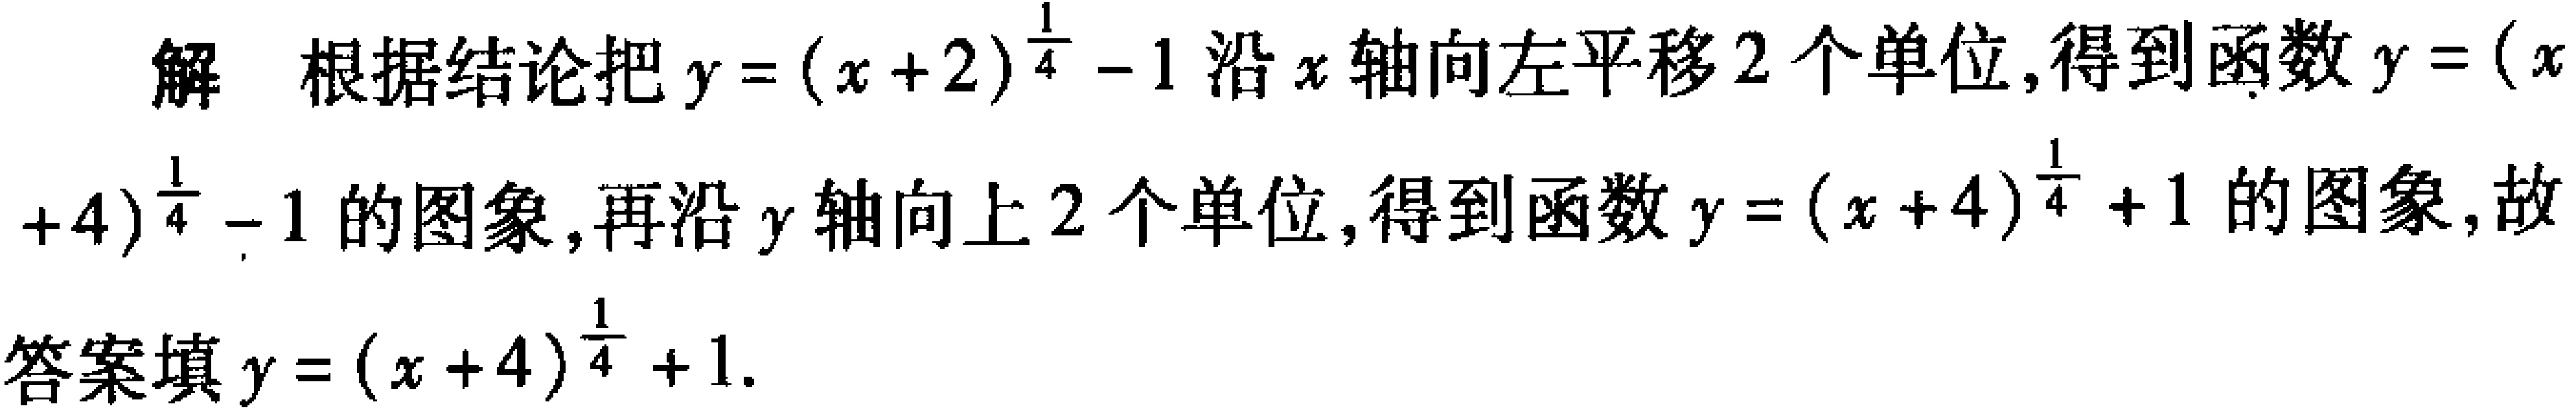
解 根据结论把\(y=(x + 2)^{\frac{1}{4}}-1\)沿\(x\)轴向左平移\(2\)个单位，得到函数\(y=(x + 4)^{\frac{1}{4}}-1\)的图象，再沿\(y\)轴向上\(2\)个单位，得到函数\(y=(x + 4)^{\frac{1}{4}}+1\)的图象，故

答案填\(y=(x + 4)^{\frac{1}{4}}+1\).